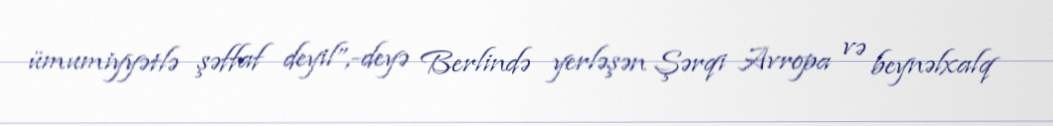
ümumiyyətlə şəffaf deyil”,-deyə Berlində yerləşən Şərqi Avropa və beynəlxalq